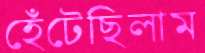
হেঁটেছিলাম